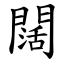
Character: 闊